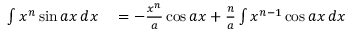
\begin{array} { r l } { \int x ^ { n } \sin a x \, d x } & { { } = - { \frac { x ^ { n } } { a } } \cos a x + { \frac { n } { a } } \int x ^ { n - 1 } \cos a x \, d x } \end{array}